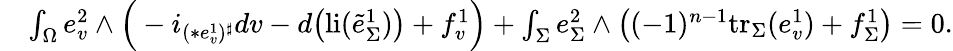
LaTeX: \begin{array}{rl}&{\int_{\Omega}e_{v}^{2}\wedge\Big(-i_{(\ast e_{v}^{1})^{\sharp}}dv-d\big(\mathrm{li}(\tilde{e}_{\Sigma}^{1})\big)+f_{v}^{1}\Big)+\int_{\Sigma}e_{\Sigma}^{2}\wedge\big((-1)^{n-1}\mathrm{tr}_{\Sigma}(e_{v}^{1})+f_{\Sigma}^{1}\big)=0.}\end{array}